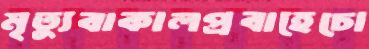
মৃত্যুবাকালপ্রবাহেচো